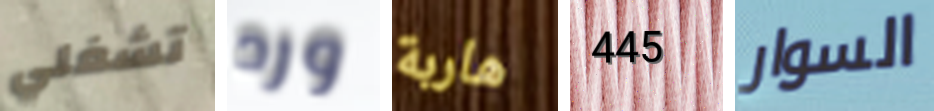
تشغلي ورد هاربة 445 السوار